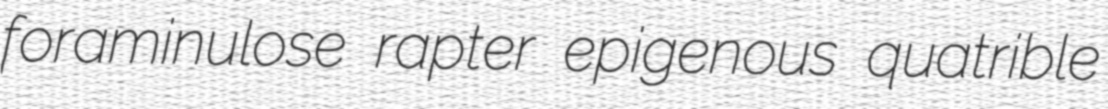
foraminulose rapter epigenous quatrible